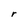
Character: r